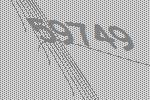
59749